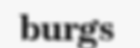
burgs